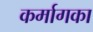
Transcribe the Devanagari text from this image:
कर्मागका